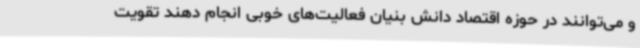
و می‌توانند در حوزه اقتصاد دانش بنیان فعالیت‌های خوبی انجام دهند تقویت